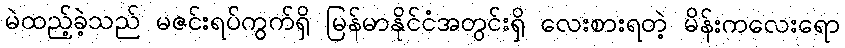
မဲထည့်ခဲ့သည် မဇင်းရပ်ကွက်ရှိ မြန်မာနိုင်ငံအတွင်းရှိ လေးစားရတဲ့ မိန်းကလေးရော